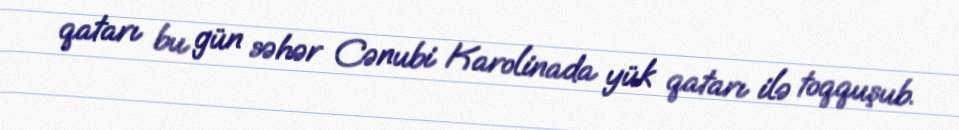
qatarı bu gün səhər Cənubi Karolinada yük qatarı ilə toqquşub.